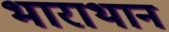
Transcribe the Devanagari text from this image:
भाराथान